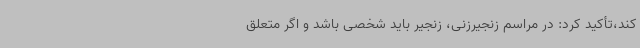
کند،تأکید کرد: در مراسم زنجیرزنی، زنجیر باید شخصی باشد و اگر متعلق